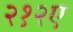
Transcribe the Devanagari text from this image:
२१२ए